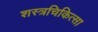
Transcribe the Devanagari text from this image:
शस्त्रचिकित्सा